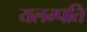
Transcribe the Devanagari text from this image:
यलम्पति